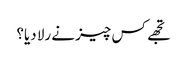
تجھے کس چیز نے رلا دیا؟